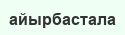
айырбастала